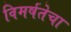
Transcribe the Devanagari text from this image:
विमर्षतेचा